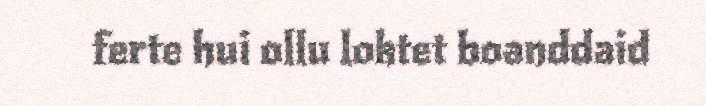
ferte hui ollu loktet boanddaid